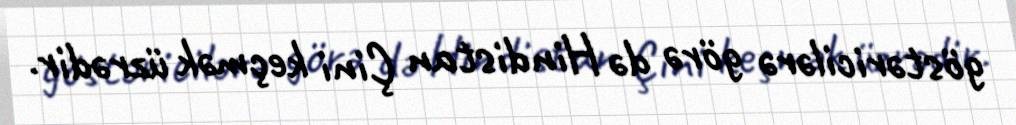
göstəricilərə görə də Hindistan Çini keçmək üzrədir.